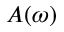
A ( \omega )